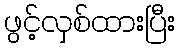
ဖွင့်လှစ်ထားပြီး